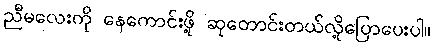
ညီမလေးကို နေကောင်းဖို့ ဆုတောင်းတယ်လို့ပြောပေးပါ။